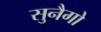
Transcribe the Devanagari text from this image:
सुनैगो